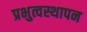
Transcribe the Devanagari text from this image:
प्रभुत्वस्थापन